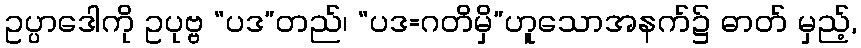
ဥပ္ပာဒေါကို ဥပုဗ္ဗ “ပဒ”တည်၊ “ပဒ=ဂတိမှိ”ဟူသောအနက်၌ ဓာတ် မှည့်,